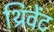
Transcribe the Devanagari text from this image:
थ्रिवेंट